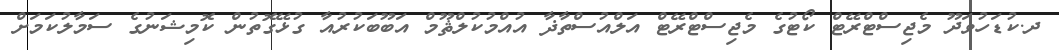
ދ.ކުޑަހުވަދޫ މެޖިސްޓްރޭޓް ކޯޓުގެ މެޖިސްޓްރޭޓް އަލްއުސްތާޛާ އުއްމުކުލްޘޫމް އަބޫބަކުރުއާ ގުޅޭގޮތުން ކޮމިޝަނުގެ ސަމާލުކަމަށް